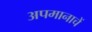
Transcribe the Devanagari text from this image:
अपमानाचें